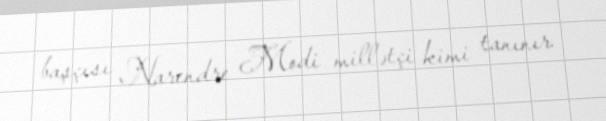
başçısı Narendre Modi millətçi kimi tanınır.